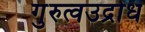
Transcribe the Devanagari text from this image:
गुरुत्वउद्रोध